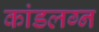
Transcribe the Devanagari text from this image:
कांडलग्न